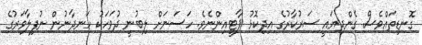
ގޮނޑިތައްވެސް ގެންދިޔައީ ސަރުކާރުގެ އިދިކޮޅު ޕާޓީއިންނެވެ. ހަސަނަށް ލިބުނީ ދުވަހަކު ހަނދާނުން ނުފިލާވަރުގެ